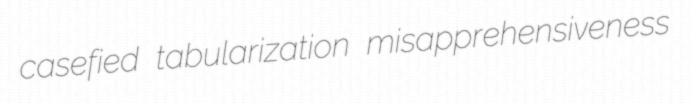
casefied tabularization misapprehensiveness